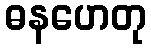
ဓနဟေတု